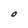
Character: O